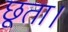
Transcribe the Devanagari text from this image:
छूता।